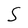
Character: S